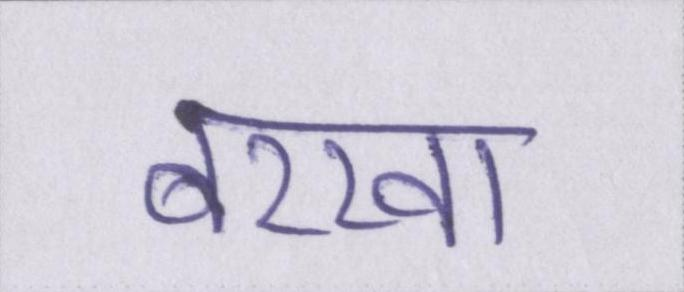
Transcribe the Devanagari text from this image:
बरखा